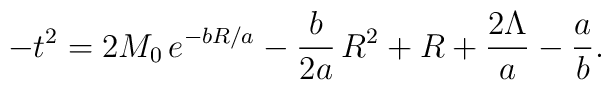
-t^2=2M_0\, e^{-bR/a} - {b\over 2a}\,R^2 + R + {2\Lambda\over a} - {a\over b}.